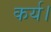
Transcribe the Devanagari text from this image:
कर्य।